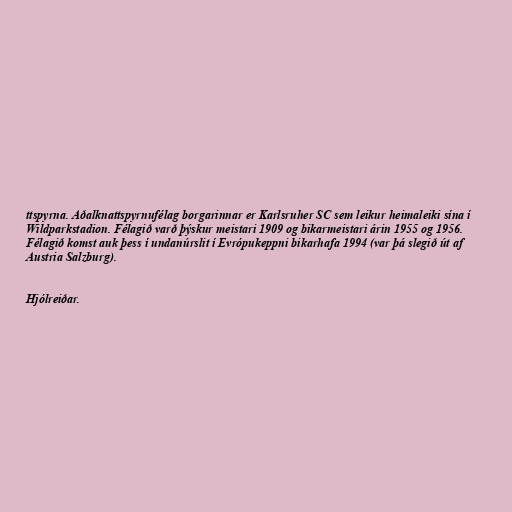
ttspyrna. Aðalknattspyrnufélag borgarinnar er Karlsruher SC sem leikur heimaleiki sína í
Wildparkstadion. Félagið varð þýskur meistari 1909 og bikarmeistari árin 1955 og 1956.
Félagið komst auk þess í undanúrslit í Evrópukeppni bikarhafa 1994 (var þá slegið út af
Austria Salzburg).

Hjólreiðar.